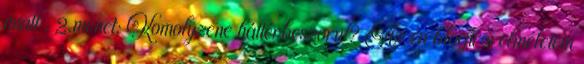
miatt . 2.menet: Komolyzene háttérbeszorul? Az én blogírói elméletem